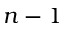
n - 1